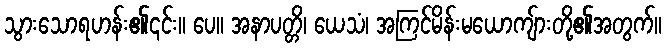
သွားသောရဟန်း၏၎င်း။ ပေ။ အနာပတ္တိ၊ ယေသံ၊ အကြင်မိန်းမယောကျ်ားတို့၏အတွက်။